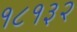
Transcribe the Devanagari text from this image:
१८१३२